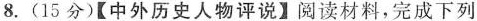
8.(15分)【中外历史人物评说】阅读材料，完成下列